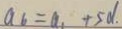
a _ { 6 } = a _ { 1 } + 5 d .